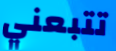
تتبعني